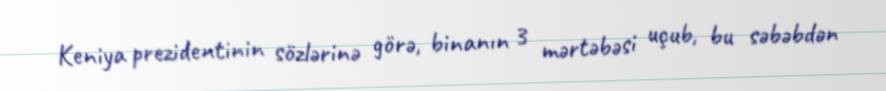
Keniya prezidentinin sözlərinə görə, binanın 3 mərtəbəsi uçub, bu səbəbdən